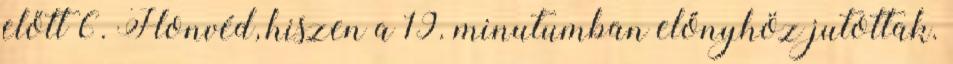
előtt 6. Honvéd, hiszen a 19. minutumban előnyhöz jutottak.